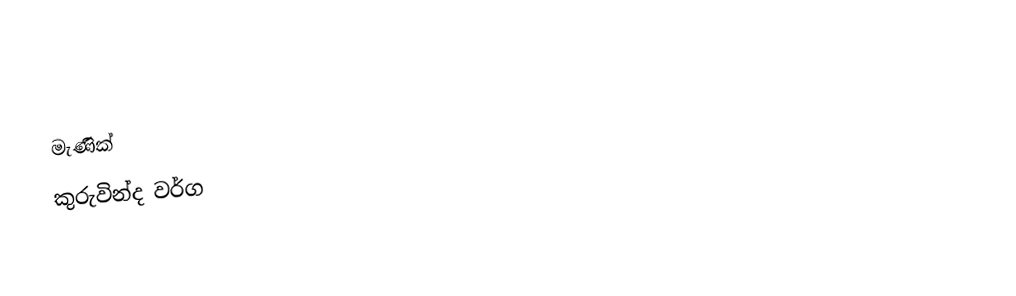
මැණික්
කුරුවින්ද වර්ග